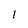
Character: l